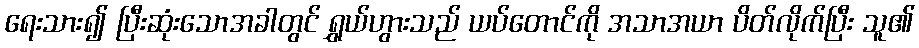
ရေးသား၍ ပြီးဆုံးသောအခါတွင် ရွှယ်ဟွားသည် ယပ်တောင်ကို အသာအယာ ပိတ်လိုက်ပြီး သူ၏